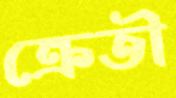
ক্রেতী